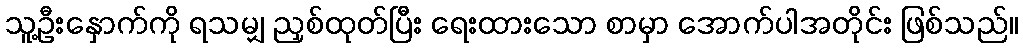
သူ့ဦးနှောက်ကို ရသမျှ ညှစ်ထုတ်ပြီး ရေးထားသော စာမှာ အောက်ပါအတိုင်း ဖြစ်သည်။